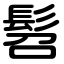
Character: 髫